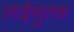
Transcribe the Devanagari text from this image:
लाईसुतक